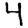
Digit: 4